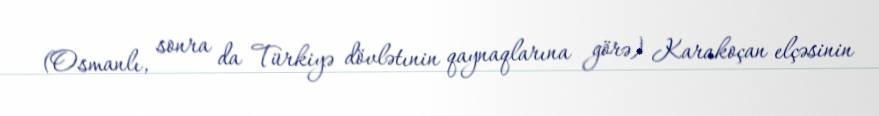
(Osmanlı, sonra da Türkiyə dövlətınin qaynaqlarına görə) Karakoçan elçəsinin